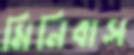
মিনিবাস